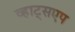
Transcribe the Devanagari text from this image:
व्हाट्सएप